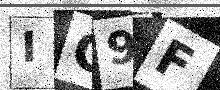
Text: IC9F